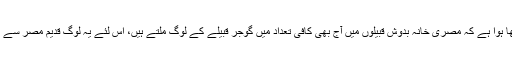
"سفر نامۂ خسرو” صفحہ 83 پر لکھا ہوا ہے کہ مصری خانہ بدوش قبیلوں میں آج بھی کافی تعداد میں گوجر قبیلے کے لوگ ملتے ہیں، اس لئے یہ لوگ قدیم مصر سے ہی نقل مکانی کر کے آۓ ہوں گے۔